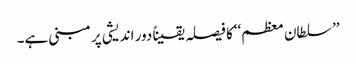
’’ سلطان معظم‘‘کا فیصلہ یقیناً دور اندیشی پر مبنی ہے۔